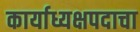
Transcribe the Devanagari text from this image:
कार्याध्यक्षपदाचा